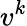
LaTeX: v^{k}